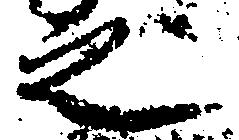
之